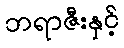
ဘရာဇီးနှင့်